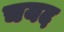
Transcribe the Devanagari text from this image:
चयद